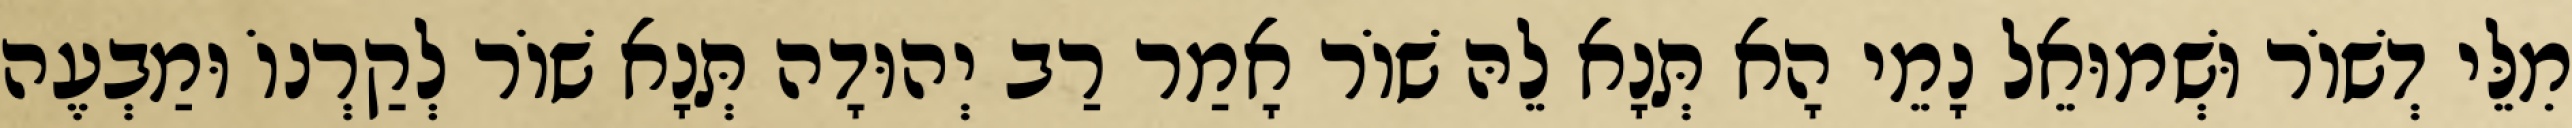
מִלֵּי דְשׁוֹר וּשְׁמוּאֵל נָמֵי הָא תְּנָא לֵהּ שׁוֹר אָמַר רַב יְהוּדָה תְּנָא שׁוֹר לְקַרְנוֹ וּמַבְעֶה